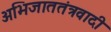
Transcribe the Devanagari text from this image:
अभिजाततंत्रवादी